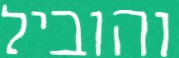
והוביל